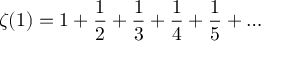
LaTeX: \zeta ( 1 ) = 1 + { \frac { 1 } { 2 } } + { \frac { 1 } { 3 } } + { \frac { 1 } { 4 } } + { \frac { 1 } { 5 } } + \ldots